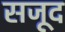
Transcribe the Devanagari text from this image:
सजूद